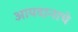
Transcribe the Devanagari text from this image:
आयदानाचे